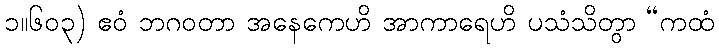
၁။၆၀၃) ဧဝံ ဘဂဝတာ အနေကေဟိ အာကာရေဟိ ပသံသိတွာ “ကထံ